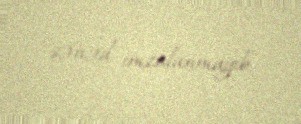
sənəd imzalanmayıb.